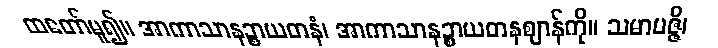
ထတော်မူ၍။ အာကာသာနဉ္စာယတနံ၊ အာကာသာနဉ္စာယတနဈာန်ကို။ သမာပဇ္ဇိ၊